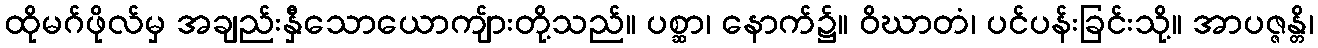
ထိုမဂ်ဖိုလ်မှ အချည်းနှီသောယောကျ်ားတို့သည်။ ပစ္ဆာ၊ နောက်၌။ ဝိဃာတံ၊ ပင်ပန်းခြင်းသို့။ အာပဇ္ဇန္တိ၊